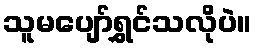
သူမပျော်ရွှင်သလိုပဲ။